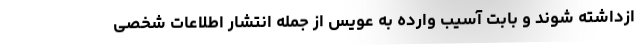
ازداشته شوند و بابت آسیب وارده به عویس از جمله انتشار اطلاعات شخصی